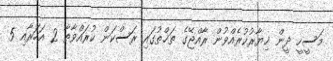
މަސީހީ ދީން ޚިޔާރުކުރެއްވުން ރާއްޖޭގެ ތަޚްތުގައި ރަސްކަން ކުރައްވާތާ 2 އަހަރާއި 5